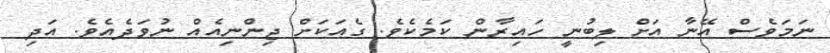
ނަމަވެސް އޭނާ އަށް ލިބުނީ ހައިރާން ކަމެކެވެ. ގެއަކަށް ޖިންނިއެއް ނުވަދެއެވެ. އަދި